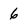
Character: 6